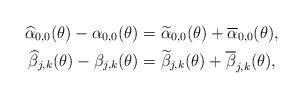
LaTeX: \begin{align*} \widehat \alpha_{0,0}(\theta) - \alpha_{0,0}(\theta) &= \widetilde \alpha_{0,0}(\theta) + \overline \alpha_{0,0}(\theta),\\ \widehat \beta_{j,k}(\theta) - \beta_{j,k}(\theta) &= \widetilde \beta_{j,k}(\theta) + \overline \beta_{j,k}(\theta), \end{align*}